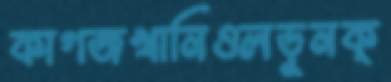
কাগজখানিওলড়ুনক্